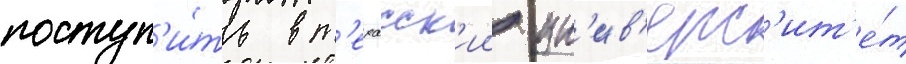
поступ'и́ть в т'ехасск'ии ун'ив'ерс'ит'е́т